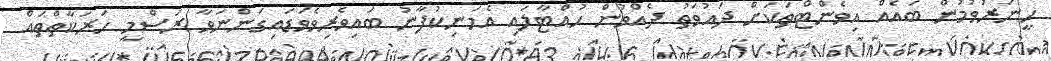
ހީނަރުވުމުން ބައެއް އިވެންޓްތަކަށް ދައުވަތު ދެއްވުން ހުއްޓާލައި އެމަނިކުފާނު ބައިވެރިވެވަޑައިގަންނަވާ ރަސްމީ ހަރަކާތްތައް